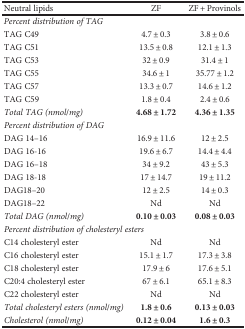
<table><thead><tr><td><b>Neutral lipids</b></td><td><b>ZF</b></td><td><b>ZF + Provinols</b></td></tr></thead><tbody><tr><td colspan="3"><i>Percent distribution of TAG</i></td></tr><tr><td>TAG C49</td><td>4.7 ± 0.3</td><td>3.8 ± 0.6</td></tr><tr><td>TAG C51</td><td>13.5 ± 0.8</td><td>12.1 ± 1.3</td></tr><tr><td>TAG C53</td><td>32 ± 0.9</td><td>31.4 ± 1</td></tr><tr><td>TAG C55</td><td>34.6 ± 1</td><td>35.77 ± 1.2</td></tr><tr><td>TAG C57</td><td>13.3 ± 0.7</td><td>14.6 ± 1.2</td></tr><tr><td>TAG C59</td><td>1.8 ± 0.4</td><td>2.4 ± 0.6</td></tr><tr><td><i>Total TAG (nmol/mg)</i></td><td><b>4.68 ± 1.72</b></td><td><b>4.36 ± 1.35</b></td></tr><tr><td colspan="3"><i>Percent distribution of DAG</i></td></tr><tr><td>DAG 14–16</td><td>16.9 ± 11.6</td><td>12 ± 2.5</td></tr><tr><td>DAG 16-16</td><td>19.6 ± 6.7</td><td>14.4 ± 4.4</td></tr><tr><td>DAG 16–18</td><td>34 ± 9.2</td><td>43 ± 5.3</td></tr><tr><td>DAG 18-18</td><td>17 ± 14.7</td><td>19 ± 11.2</td></tr><tr><td>DAG18–20</td><td>12 ± 2.5</td><td>14 ± 0.3</td></tr><tr><td>DAG18–22</td><td>Nd</td><td>Nd</td></tr><tr><td><i>Total DAG (nmol/mg)</i></td><td><b>0.10 ± 0.03</b></td><td><b>0.08 ± 0.03</b></td></tr><tr><td colspan="3"><i>Percent distribution of cholesteryl esters</i></td></tr><tr><td>C14 cholesteryl ester</td><td>Nd</td><td>Nd</td></tr><tr><td>C16 cholesteryl ester</td><td>15.1 ± 1.7</td><td>17.3 ± 3.8</td></tr><tr><td>C18 cholesteryl ester</td><td>17.9 ± 6</td><td>17.6 ± 5.1</td></tr><tr><td>C20:4 cholesteryl ester</td><td>67 ± 6.1</td><td>65.1 ± 8.3</td></tr><tr><td>C22 cholesteryl ester</td><td>Nd</td><td>Nd</td></tr><tr><td><i>Total cholesteryl esters (nmol/mg)</i></td><td><b>1.8 ± 0.6</b></td><td><b>0.13 ± 0.03</b></td></tr><tr><td><i>Cholesterol (nmol/mg)</i></td><td><b>0.12 ± 0.04</b></td><td><b>1.6 ± 0.3</b></td></tr></tbody></table>